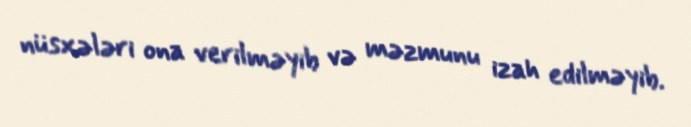
nüsxələri ona verilməyib və məzmunu izah edilməyib.